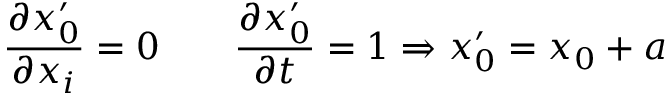
{ \frac { \partial x _ { 0 } ^ { \prime } } { \partial x _ { i } } } = 0 \qquad { \frac { \partial x _ { 0 } ^ { \prime } } { \partial t } } = 1 \Rightarrow x _ { 0 } ^ { \prime } = x _ { 0 } + a